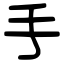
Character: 手